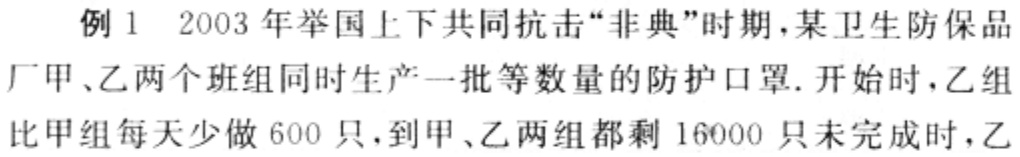
例1 2003 年举国上下共同抗击“非典”时期，某卫生防保品

厂甲、乙两个班组同时生产一批等数量的防护口罩. 开始时，乙组

比甲组每天少做 600 只，到甲、乙两组都剩 16000 只未完成时，乙